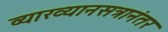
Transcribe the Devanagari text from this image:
व्याख्यानसत्रानंतर